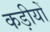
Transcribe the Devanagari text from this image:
कड़ीयों